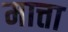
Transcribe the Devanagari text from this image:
मात्ता